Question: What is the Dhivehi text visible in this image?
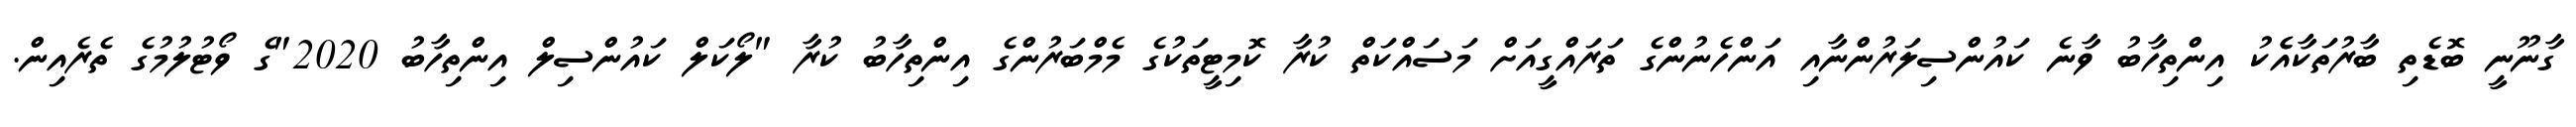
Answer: ގާނޫނީ ބޮޑެތި ބާރުތަކާއެެކު އިންތިހާބު ވާނެ ކައުންސިލަރުންނާއި އަންހެނުންގެ ތަރައްގީއަށް މަސައްކަތް ކުރާ ކޮމިޓީތަކުގެ މެމްބަރުންގެ އިންތިހާބު ކުރާ "ލޯކަލް ކައުންސިލް އިންތިހާބު 2020"ގެ ވޯޓުލުމުގެ ތެރެއިން.